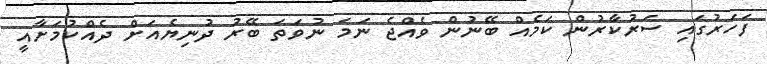
ފަހަރުގައި ސަރުކާރުން ކަމެއް ބޭނުން ވެއްޖެ ނަމަ ނުވަތަ ބޭރު ދުނިޔެއަށް ދެއްކުމަށާއީ